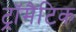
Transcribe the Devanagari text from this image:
ट्रॉमैटिक